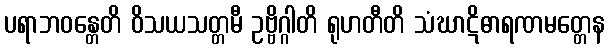
ပရာဘဝန္တေတိ ဝိသယသတ္တမီ ဥဗ္ဗိဂ္ဂါတိ ရုဟတီတိ သံဃာဋိဓာရဏမတ္တေန